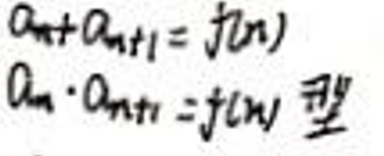
$a_{n}+a_{n+1}=f(n)$\\
$a_{n}\cdot a_{n+1}=f(n)$型